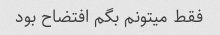
فقط میتونم بگم افتضاح بود